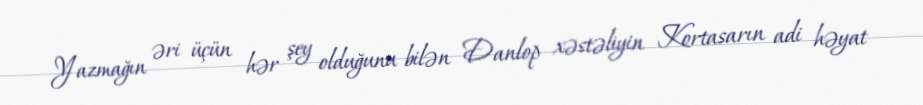
Yazmağın əri üçün hər şey olduğunu bilən Danlop xəstəliyin Kortasarın adi həyat